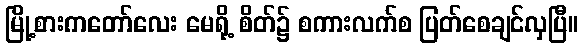
မြို့စားကတော်လေး မေရို့ စိတ်၌ စကားလက်စ ပြတ်စေချင်လှပြီ။